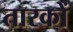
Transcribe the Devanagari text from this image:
तारकों